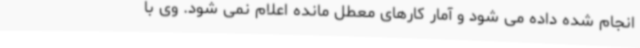
انجام شده داده می شود و آمار کارهای معطل مانده اعلام نمی شود. وی با